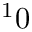
^ 1 0